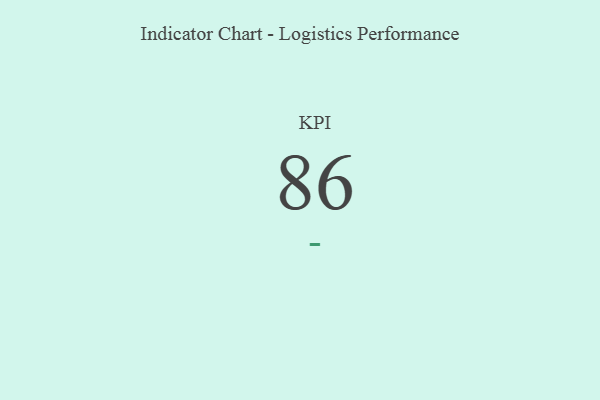
{"axis": {"x": "KPI", "y": "Value"}, "legend": [""], "data": [{"x": "KPI", "y": 86, "type": ""}]}